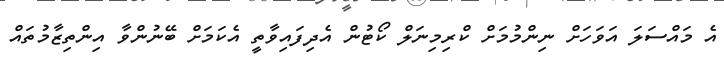
އެ މައްސަލަ އަވަހަށް ނިންމުމަށް ކްރިމިނަލް ކޯޓުން އެދިފައިވާތީ އެކަމަށް ބޭނުންވާ އިންތިޒާމުތައް